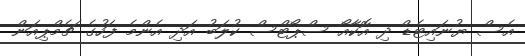
އެސް ޔުނައިޓެޑް ދި އޮކާއޯ ސްޕޯޓްސް ކުލަބު އަދި އެންމެ ފަހުގެ ޗެމްޕިއަން